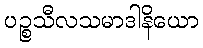
ပဉ္စသီလသမာဒါနိယော